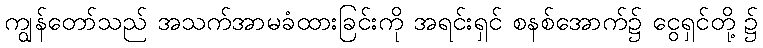
ကျွန်တော်သည် အသက်အာမခံထားခြင်းကို အရင်းရှင် စနစ်အောက်၌ ငွေရှင်တို့ ၌